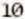
10